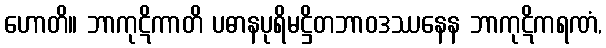
ဟောတိ။ ဘာကုဋိကာတိ ပဓာနပုရိမဋ္ဌိတဘာဝဒဿနေန ဘာကုဋိကရဏံ,